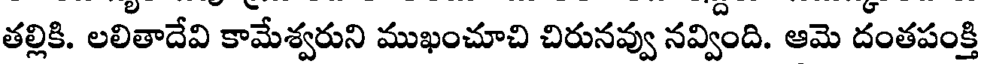
తల్లికి. లలితాదేవి కామేశ్వరుని ముఖంచూచి చిరునవ్వు నవ్వింది. ఆమె దంతపంక్తి